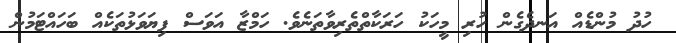
ހުދު މުންޑެއް އަނދެގެން ހުރި މީހަކު ހަރަކާތްތެރިވާތަނެވެ. ހަމްޒާ އަވަސް ފިޔަވަޅުތަކެއް ބަހައްޓަމުން